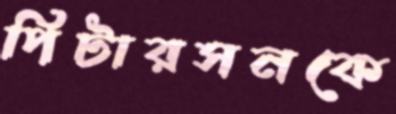
পিটারসনকে